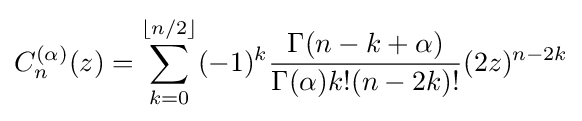
C_{n}^{(\alpha )}(z)=\sum _{k=0}^{\lfloor n/2\rfloor }(-1)^{k}{\frac {\Gamma (n-k+\alpha )}{\Gamma (\alpha )k!(n-2k)!}}(2z)^{n-2k}